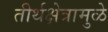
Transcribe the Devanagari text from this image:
तीर्थक्षेत्रामुळे